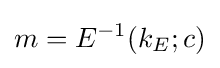
m=E^{-1}(k_{E};c)